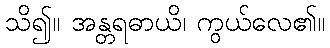
သိ၍။ အန္တရဓာယိ၊ ကွယ်လေ၏။